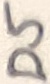
Text: D5